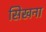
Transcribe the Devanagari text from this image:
सिखना